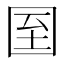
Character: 𡇓